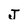
Character: J